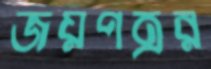
জয়পত্রর